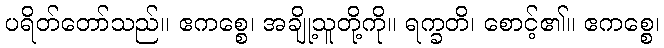
ပရိတ်တော်သည်။ ဧကစ္စေ၊ အချို့သူတို့ကို။ ရက္ခတိ၊ စောင့်၏။ ဧကစ္စေ၊